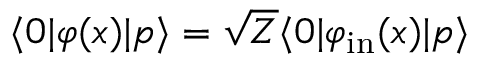
\langle 0 | \varphi ( x ) | p \rangle = { \sqrt { Z } } \langle 0 | \varphi _ { \mathrm { i n } } ( x ) | p \rangle